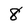
Character: 8